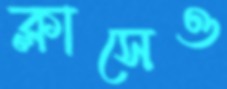
ক্লাসেও